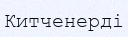
Китченерді